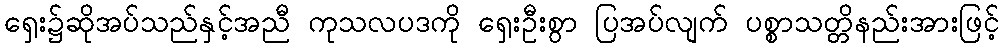
ရှေး၌ဆိုအပ်သည်နှင့်အညီ ကုသလပဒကို ရှေးဦးစွာ ပြအပ်လျက် ပစ္စာသတ္တိနည်းအားဖြင့်